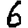
Digit: 6